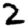
Digit: 2